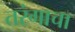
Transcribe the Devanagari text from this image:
तरंगाचा